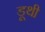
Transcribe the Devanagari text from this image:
डूथी